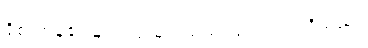
ရိုစာဟန်၏ မျက်လုံးများသည် ပြူးလျက် ရှိသည်။